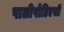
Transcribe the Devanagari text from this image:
पालीपोडिएसी